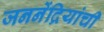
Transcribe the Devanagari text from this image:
जननेंद्रियांची